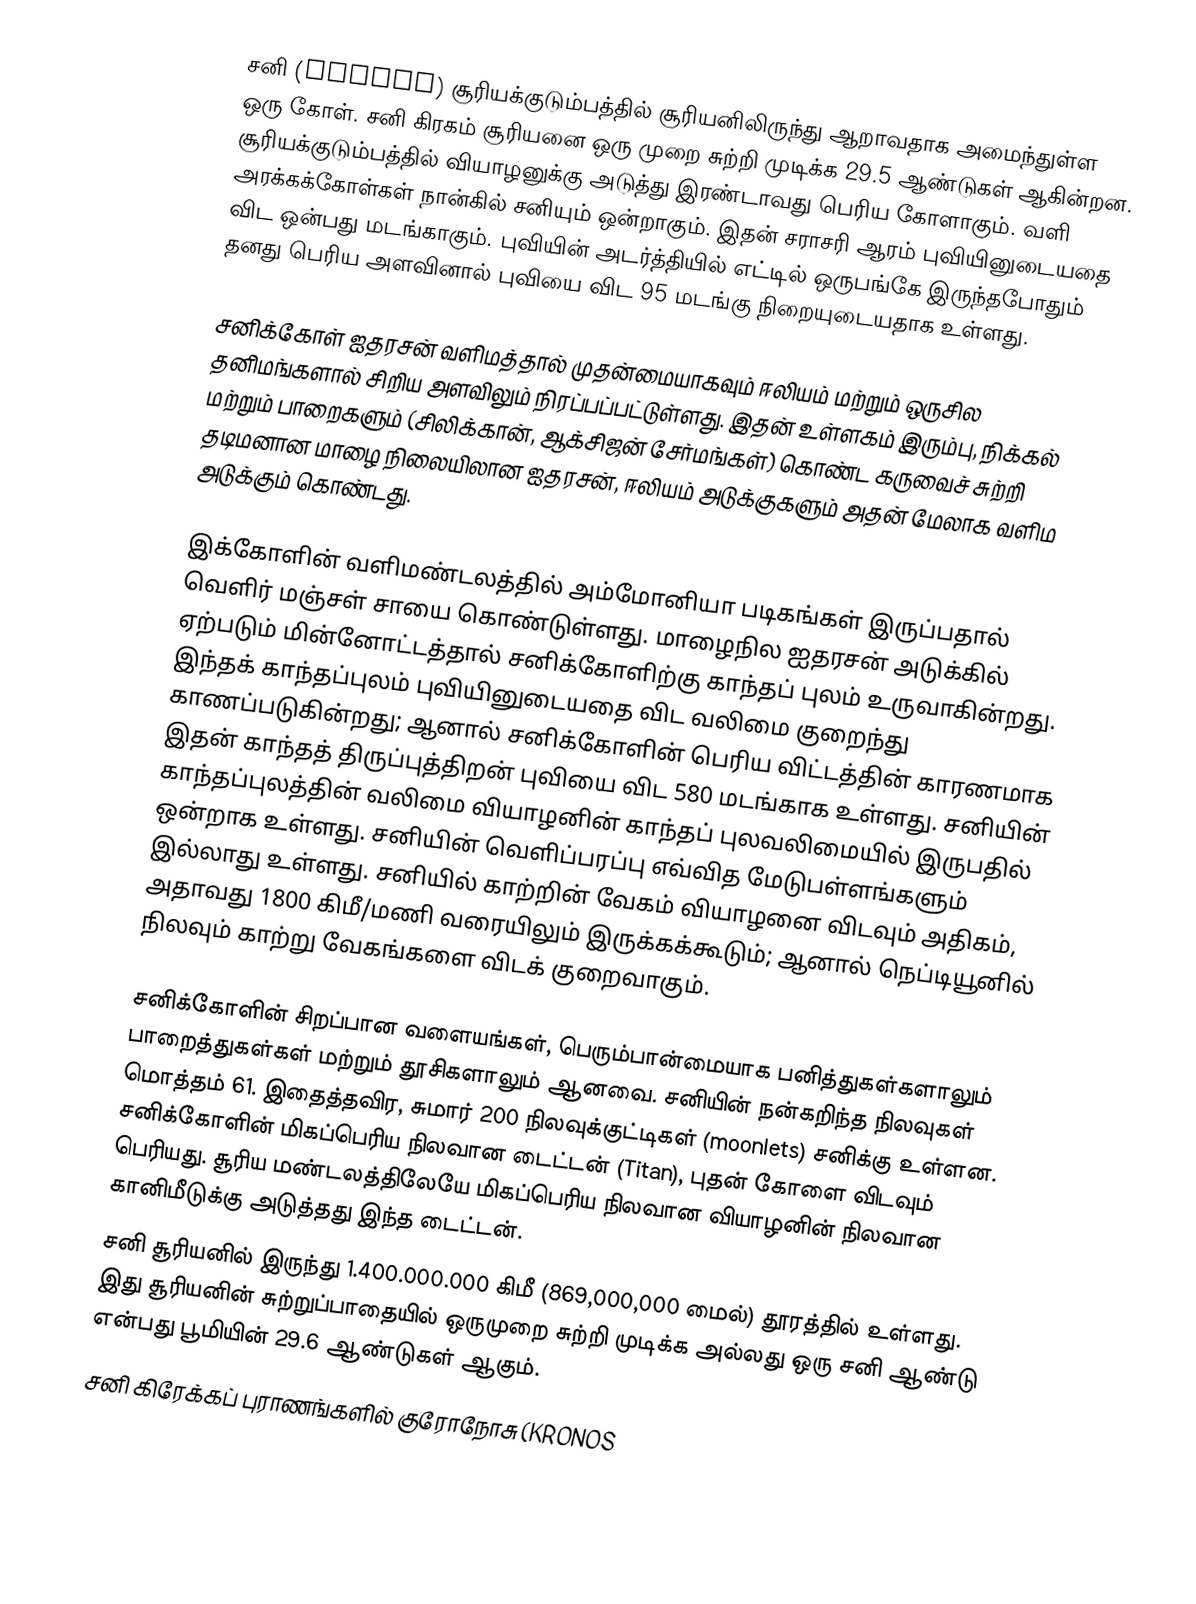
சனி (Saturn) சூரியக்குடும்பத்தில் சூரியனிலிருந்து ஆறாவதாக அமைந்துள்ள ஒரு கோள். சனி கிரகம் சூரியனை ஒரு முறை சுற்றி முடிக்க 29.5 ஆண்டுகள் ஆகின்றன.  சூரியக்குடும்பத்தில் வியாழனுக்கு அடுத்து இரண்டாவது பெரிய கோளாகும். வளி அரக்கக்கோள்கள் நான்கில் சனியும் ஒன்றாகும். இதன் சராசரி ஆரம் புவியினுடையதை விட ஒன்பது மடங்காகும். புவியின் அடர்த்தியில் எட்டில் ஒருபங்கே இருந்தபோதும் தனது பெரிய அளவினால் புவியை விட 95 மடங்கு நிறையுடையதாக உள்ளது.

சனிக்கோள் ஐதரசன் வளிமத்தால் முதன்மையாகவும் ஈலியம் மற்றும் ஒருசில தனிமங்களால் சிறிய அளவிலும் நிரப்பப்பட்டுள்ளது. இதன் உள்ளகம் இரும்பு, நிக்கல் மற்றும் பாறைகளும் (சிலிக்கான், ஆக்சிஜன் சேர்மங்கள்) கொண்ட கருவைச் சுற்றி தடிமனான மாழை நிலையிலான ஐதரசன், ஈலியம் அடுக்குகளும் அதன் மேலாக வளிம அடுக்கும் கொண்டது.

இக்கோளின் வளிமண்டலத்தில் அம்மோனியா படிகங்கள் இருப்பதால் வெளிர் மஞ்சள் சாயை கொண்டுள்ளது. மாழைநில ஐதரசன் அடுக்கில் ஏற்படும் மின்னோட்டத்தால் சனிக்கோளிற்கு காந்தப் புலம் உருவாகின்றது. இந்தக் காந்தப்புலம் புவியினுடையதை விட வலிமை குறைந்து  காணப்படுகின்றது; ஆனால் சனிக்கோளின் பெரிய விட்டத்தின் காரணமாக இதன் காந்தத் திருப்புத்திறன் புவியை விட  580 மடங்காக உள்ளது. சனியின் காந்தப்புலத்தின் வலிமை வியாழனின் காந்தப் புலவலிமையில் இருபதில் ஒன்றாக உள்ளது. சனியின் வெளிப்பரப்பு எவ்வித மேடுபள்ளங்களும் இல்லாது உள்ளது.  சனியில் காற்றின் வேகம் வியாழனை விடவும் அதிகம், அதாவது 1800 கிமீ/மணி வரையிலும் இருக்கக்கூடும்; ஆனால் நெப்டியூனில் நிலவும் காற்று வேகங்களை விடக் குறைவாகும்.

சனிக்கோளின் சிறப்பான வளையங்கள், பெரும்பான்மையாக பனித்துகள்களாலும் பாறைத்துகள்கள் மற்றும் தூசிகளாலும் ஆனவை. சனியின் நன்கறிந்த நிலவுகள் மொத்தம் 61. இதைத்தவிர, சுமார் 200 நிலவுக்குட்டிகள் (moonlets) சனிக்கு உள்ளன. சனிக்கோளின் மிகப்பெரிய நிலவான டைட்டன் (Titan), புதன் கோளை விடவும் பெரியது. சூரிய மண்டலத்திலேயே மிகப்பெரிய நிலவான வியாழனின் நிலவான கானிமீடுக்கு அடுத்தது இந்த டைட்டன்.
சனி சூரியனில் இருந்து 1.400.000.000 கிமீ (869,000,000 மைல்) தூரத்தில் உள்ளது. இது சூரியனின் சுற்றுப்பாதையில் ஒருமுறை சுற்றி முடிக்க அல்லது ஒரு சனி ஆண்டு என்பது பூமியின் 29.6 ஆண்டுகள் ஆகும்.
சனி கிரேக்கப் புராணங்களில் குரோநோசு (KRONOS